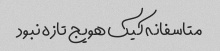
متاسفانه کیک هویج تازه نبود